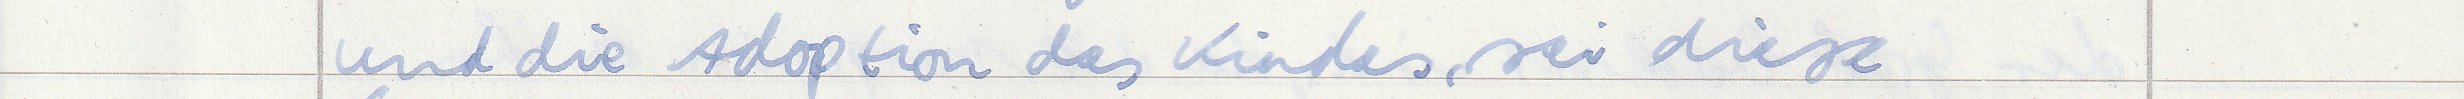
und die Adoption des Kindes sei diese